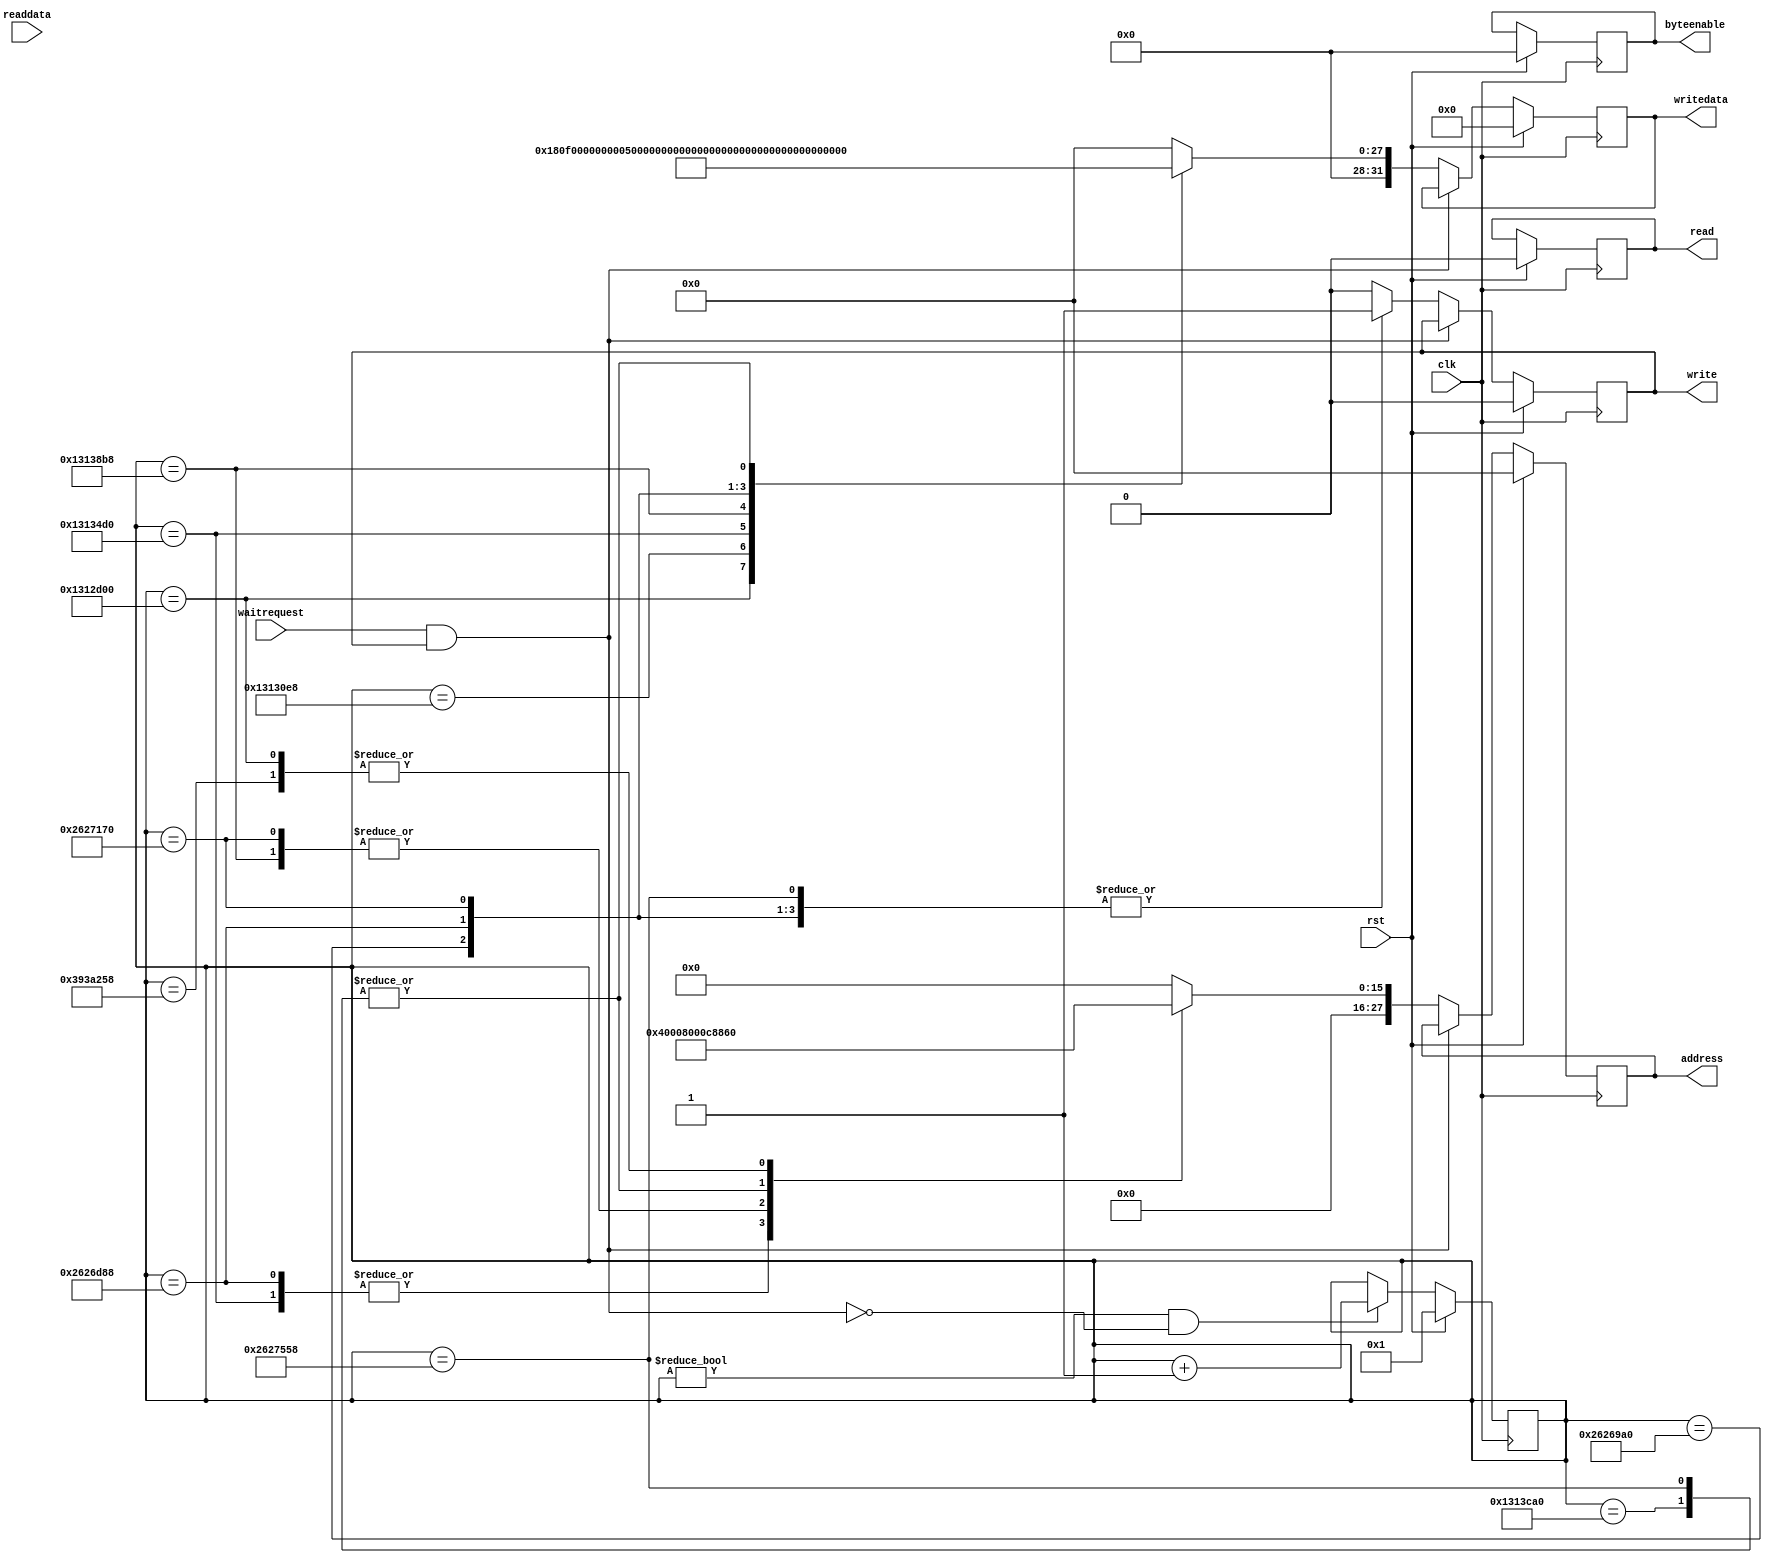
module bios_loader (
                    input wire        clk,
                    input wire        rst,
                    output reg [27:0] address,
                    output reg [3:0]  byteenable,
                    output reg        write,
                    output reg [31:0] writedata,
                    output reg        read,
                    input wire [31:0] readdata,
                    input wire        waitrequest
                    );

    parameter PIO_OUTPUT_ADDR = 32'h00008860;
    parameter DRIVER_SD_ADDR  = 32'h00000000;

    parameter BIOS_SECTOR  = 72;
    parameter BIOS_SIZE    = (64*1024);
    parameter BIOS_ADDR    = 32'hF0000 | 32'h8000000;
    parameter VBIOS_SECTOR = 8;
    parameter VBIOS_SIZE   = (32*1024);
    parameter VBIOS_ADDR   = 32'hC0000 | 32'h8000000;

    parameter CTRL_READ = 2;

    reg [31:0]                        state;
    always @(posedge clk) begin
        if(rst) state <= 1;
        else if(state != 0 && (!(waitrequest && write))) state <= state + 1;
    end

    always @(posedge clk) begin
        if(rst) begin
            write      <= 0;
            read       <= 0;
            writedata  <= 0;
            address    <= 0;
            byteenable <= 4'b0000;
        end else if(!(waitrequest && write))begin
            case(state)
              20000000: begin
                  // set pio_output to 1 (set ao486_reset to low)
                  address  <= PIO_OUTPUT_ADDR;
                  writedata <= 32'h1;
                  write    <= 1;
              end
              20001000: begin
                  // load bios
                  // bios address
                  write    <= 1;
                  address  <= DRIVER_SD_ADDR;
                  writedata <= BIOS_ADDR;
              end
              20002000: begin
                  // load bios
                  // SD sector
                  write    <= 1;
                  address  <= DRIVER_SD_ADDR + 4;
                  writedata <= BIOS_SECTOR;
              end
              20003000: begin
                  // load bios
                  // sector count
                  write    <= 1;
                  address  <= DRIVER_SD_ADDR + 8;
                  writedata <= BIOS_SIZE / 512;
              end
              20004000: begin
                  // load bios
                  // control READ
                  write    <= 1;
                  address  <= DRIVER_SD_ADDR + 12;
                  writedata <= CTRL_READ;
              end
              40004000: begin
                  // load vbios
                  // vbios address
                  write    <= 1;
                  address  <= DRIVER_SD_ADDR;
                  writedata <= VBIOS_ADDR;
              end
              40005000: begin
                  // load vbios
                  // SD sector
                  write    <= 1;
                  address  <= DRIVER_SD_ADDR + 4;
                  writedata <= VBIOS_SECTOR;
              end
              40006000: begin
                  // load vbios
                  // sector count
                  write    <= 1;
                  address  <= DRIVER_SD_ADDR + 8;
                  writedata <= VBIOS_SIZE / 512;
              end
              40007000: begin
                  // load vbios
                  // control READ
                  write    <= 1;
                  address  <= DRIVER_SD_ADDR + 12;
                  writedata <= CTRL_READ;
              end
              60007000: begin
                  // set pio_output to 0 (set ao486_reset to high)
                  address  <= PIO_OUTPUT_ADDR;
                  writedata <= 32'h0;
                  write    <= 1;
              end
              default: begin
                  write <= 0;
                  writedata  <= 0;
                  address    <= 0;
              end
            endcase
        end
    end
endmodule